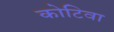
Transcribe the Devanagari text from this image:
कोटिवा